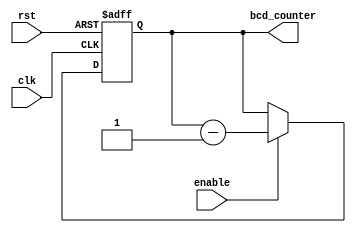
module BCD_Down_Counter (
    input wire clk, // System clock input
    input wire rst, // Reset signal input
    input wire enable, // Enable signal input
    output reg [3:0] bcd_counter // BCD Down Counter output
);

reg [3:0] counter_reg; // BCD counter register

always @(posedge clk or posedge rst) begin
    if (rst) begin
        counter_reg <= 4'b0000; // Reset counter to 0
    end else begin
        if (enable) begin
            counter_reg <= counter_reg - 1; // Decrement counter by 1
        end
    end
end

assign bcd_counter = counter_reg;

endmodule